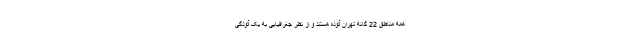
همه مناطق 22 گانه تهران آلوده هستند و از نظر جغرافیایی به یک آلودگی